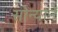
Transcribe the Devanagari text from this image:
सोन्यानें